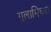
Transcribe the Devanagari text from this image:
गुलामिच्या